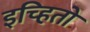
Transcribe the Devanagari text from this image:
इच्हितो